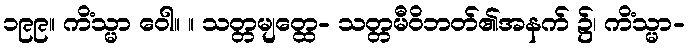
၁၉၉။ ကိံသ္မာ ဝေါ။ ။ သတ္တမျတ္ထေ- သတ္တမီဝိဘတ်၏အနက် ၌၊ ကိံသ္မာ-